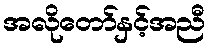
အလိုတော်နှင့်အညီ